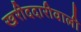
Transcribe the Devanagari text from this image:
खरीददारीवाली